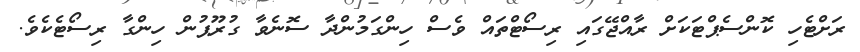
ރަށްޓެހި ކޮންސެޕްޓަކަށް ރާއްޖޭގައި ރިސޯޓްތައް ވެސް ހިންގަމުންދާ ސޮނެވާ ގުރޫޕުން ހިންގާ ރިސޯޓެކެވެ.